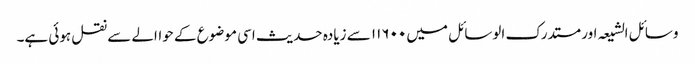
وسائل الشیعہ اور مستدرک الوسائل میں ۱۱۶۰۰ سے زیادہ حدیث اسی موضوع کے حواالے سے نقل ہوئی ہے۔